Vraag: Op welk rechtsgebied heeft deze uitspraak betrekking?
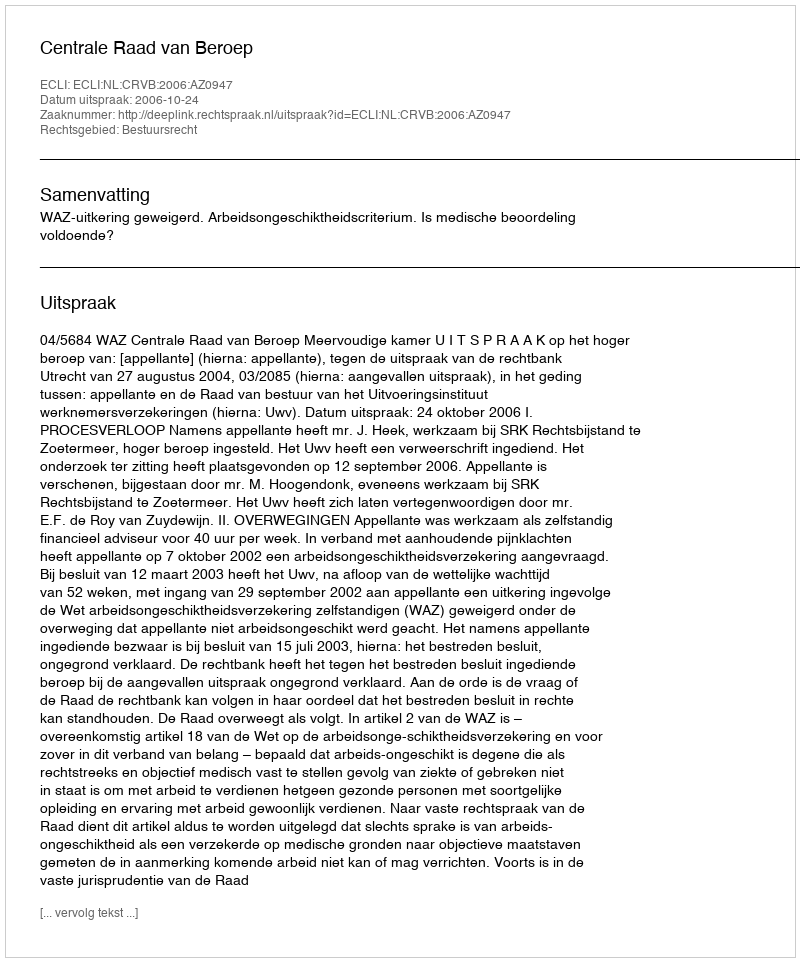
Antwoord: Bestuursrecht